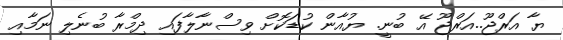
ޔާ އަރްޖޫ..އަރްޖޫ އޭ ބުނީ. ޔުއާން ކުޑަކޮށް ވިސްނާލާފައި ދިމްރާ ބުނެލި ނަމާއި